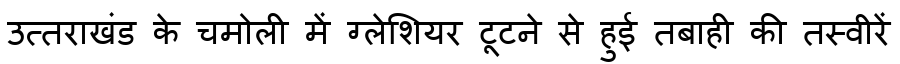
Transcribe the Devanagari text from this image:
उत्तराखंड के चमोली में ग्लेशियर टूटने से हुई तबाही की तस्वीरें